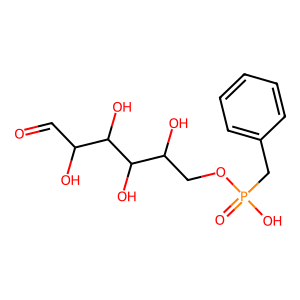
SMILES: O=CC(O)C(O)C(O)C(O)COP(=O)(O)Cc1ccccc1
Inhibits HIV replication: No